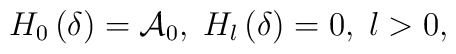
H_{0}\left( \delta \right) =\mathcal{A}_{0},\;H_{l}\left( \delta \right)=0,\;l>0,